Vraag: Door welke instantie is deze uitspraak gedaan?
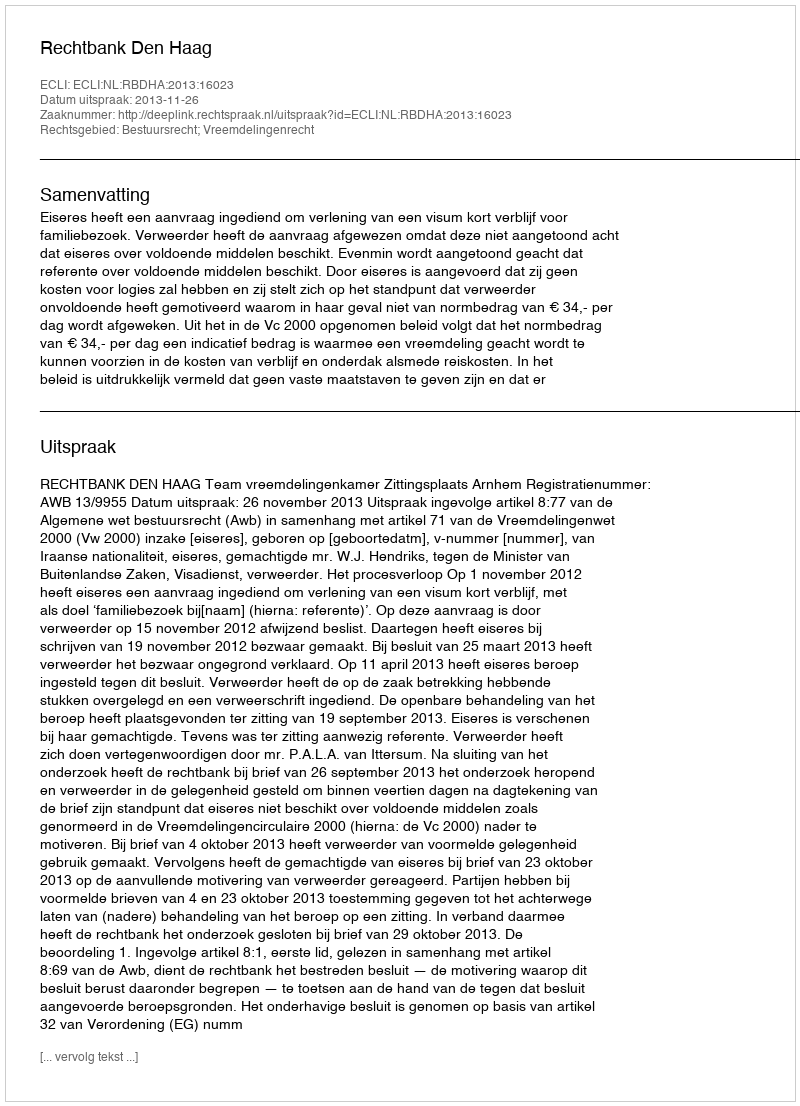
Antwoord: Rechtbank Den Haag